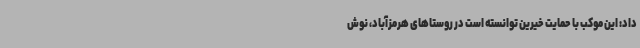
داد: این موکب با حمایت خیرین توانسته است در روستاهای هرمزآباد، نوش